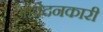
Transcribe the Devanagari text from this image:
आवेदनकारी